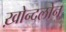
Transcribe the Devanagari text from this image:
ख़ोन्दलोन